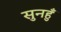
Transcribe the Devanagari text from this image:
सुनहुँ